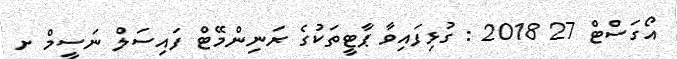
އޯގަސްޓް 27 2018 : ގުޅިފައިވާ ޕާޓީތަކުގެ ރަނިންްމޭޓް ފައިސަލް ނަސީމް ށ